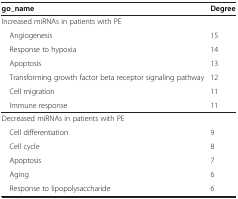
<table><thead><tr><td><b>go_name</b></td><td><b>Degree</b></td></tr></thead><tbody><tr><td>Increased miRNAs in patients with PE</td><td> </td></tr><tr><td> Angiogenesis</td><td>15</td></tr><tr><td> Response to hypoxia</td><td>14</td></tr><tr><td> Apoptosis</td><td>13</td></tr><tr><td> Transforming growth factor beta receptor signaling pathway</td><td>12</td></tr><tr><td> Cell migration</td><td>11</td></tr><tr><td> Immune response</td><td>11</td></tr><tr><td>Decreased miRNAs in patients with PE</td><td> </td></tr><tr><td> Cell differentiation</td><td>9</td></tr><tr><td> Cell cycle</td><td>8</td></tr><tr><td> Apoptosis</td><td>7</td></tr><tr><td> Aging</td><td>6</td></tr><tr><td> Response to lipopolysaccharide</td><td>6</td></tr></tbody></table>